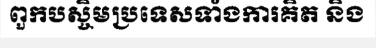
ពួកបស្ចិមប្រទេសទាំងការគិត និង